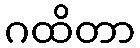
ဂထိတာ